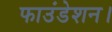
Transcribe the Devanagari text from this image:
फाउंडेशन।